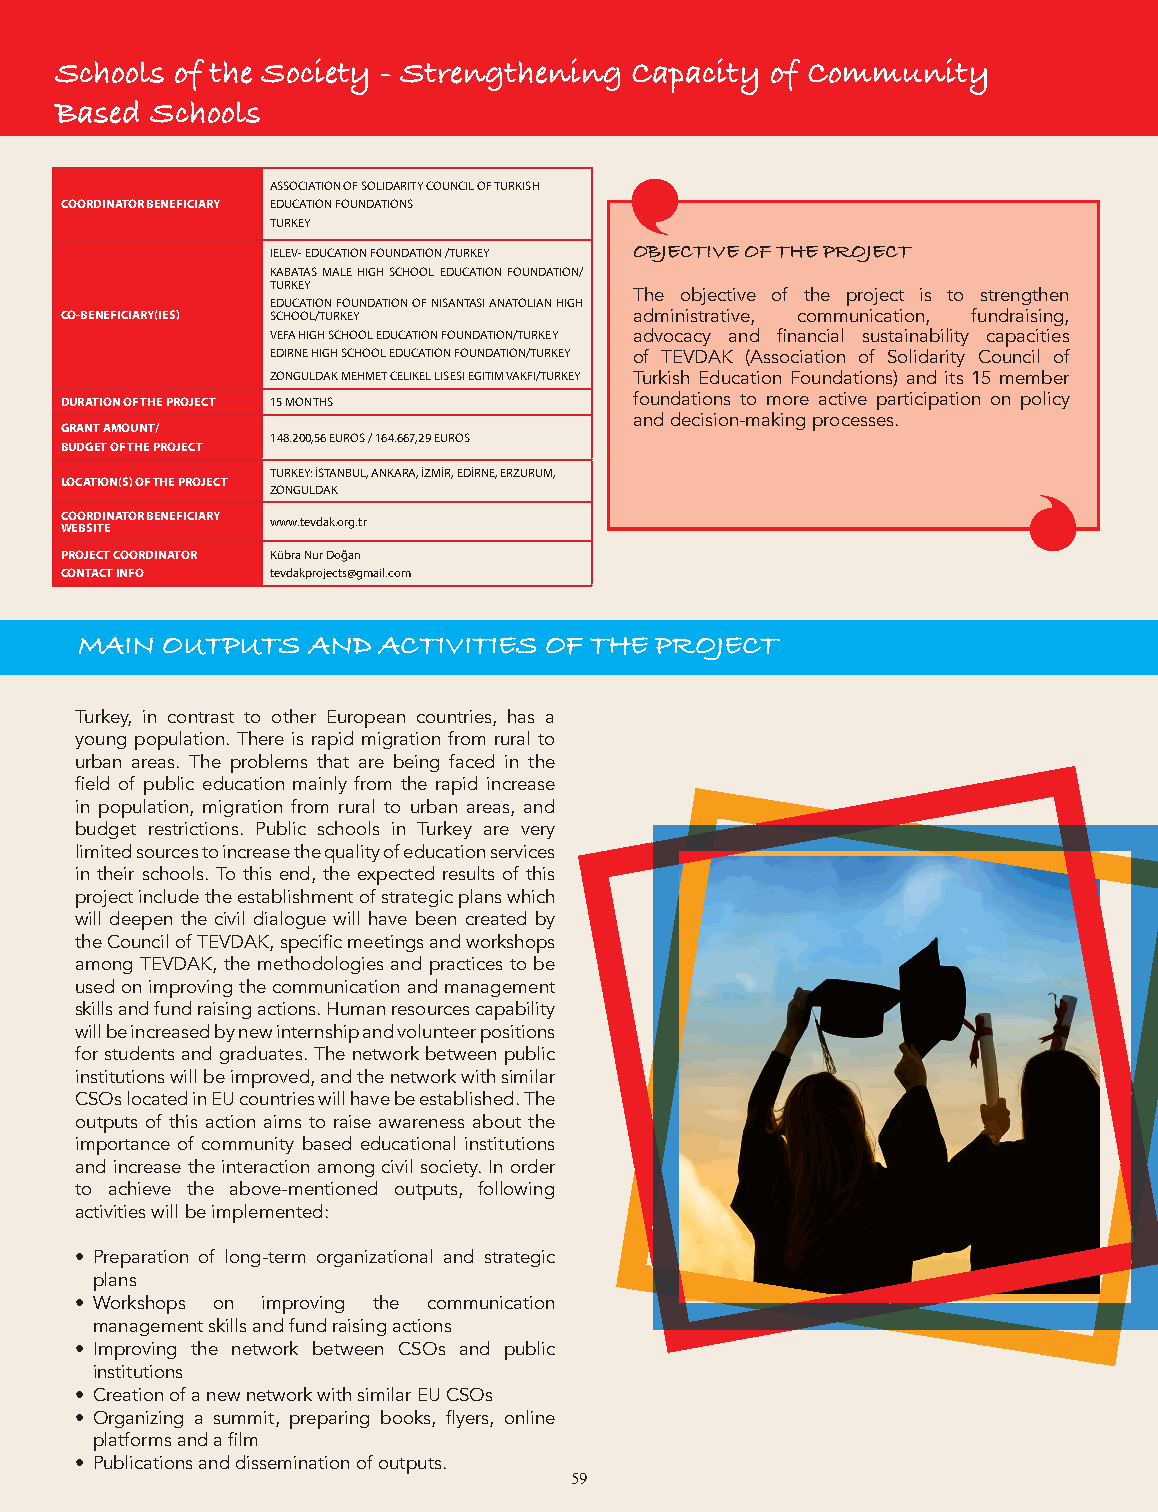
Schools of the Society - Strengthening Capacity of Community
 Roots: Rooting for Democracy in Education Cooperatives
 Based Schools
 ASSOCIATION OF SOLIDARITY COUNCIL OF TURKISH
 COORDINATOR BENEFICIARY EDUCATION FOUNDATIONS
 TURKEY
 IELEV- EDUCATION FOUNDATION /TURKEY OBJECTIVE OF THE PROJECT
 KABATAS MALE HIGH SCHOOL EDUCATION FOUNDATION/
 TURKEY
 The objective of the project is to strengthen
 EDUCATION FOUNDATION OF NISANTASI ANATOLIAN HIGH
 CO-BENEFICIARY(IES) SCHOOL/TURKEY     administrative, communication, fundraising,
 VEFA HIGH SCHOOL EDUCATION FOUNDATION/TURKEY advocacy and financial sustainability capacities
 EDIRNE HIGH SCHOOL EDUCATION FOUNDATION/TURKEY of TEVDAK (Association of Solidarity Council of
 ZONGULDAK MEHMET CELIKEL LISESI EGITIM VAKFI/TURKEY Turkish Education Foundations) and its 15 member
 DURATION OF THE PROJECT 15 MONTHS     foundations to more active participation on policy
 and decision-making processes.
 GRANT AMOUNT/
 148.200,56 EUROS / 164.667,29 EUROS
 BUDGET OF THE PROJECT
 TURKEY: İSTANBUL, ANKARA, İZMİR, EDİRNE, ERZURUM,
 LOCATION(S) OF THE PROJECT
 ZONGULDAK
 C WO EO BR SID TI ENATOR BENEFICIARY www.tevdak.org.tr
 PROJECT COORDINATOR Kübra Nur Doğan
 CONTACT INFO  tevdakprojects@gmail.com
 MAIN OUTPUTS AND ACTIVITIES OF THE PROJECT MAIN OUTPUTS AND ACTIVITIES OF THE PROJECT
 Turkey, in contrast to other European countries, has a
 young population. There is rapid migration from rural to
 urban areas. The problems that are being faced in the
 field of public education mainly from the rapid increase
 in population, migration from rural to urban areas, and
 budget restrictions. Public schools in Turkey are very
 limited sources to increase the quality of education services
 in their schools. To this end, the expected results of this
 project include the establishment of strategic plans which
 will deepen the civil dialogue will have been created by
 the Council of TEVDAK, specific meetings and workshops
 among TEVDAK, the methodologies and practices to be
 used on improving the communication and management
 skills and fund raising actions. Human resources capability
 will be increased by new internship and volunteer positions
 for students and graduates. The network between public
 institutions will be improved, and the network with similar
 CSOs located in EU countries will have be established. The
 outputs of this action aims to raise awareness about the
 importance of community based educational institutions
 and increase the interaction among civil society. In order
 to achieve the above-mentioned outputs, following
 activities will be implemented:
 • Preparation of long-term organizational and strategic
 plans
 • Workshops on improving the communication
 management skills and fund raising actions
 • Improving the network between CSOs and public
 institutions
 • Creation of a new network with similar EU CSOs
 • Organizing a summit, preparing books, flyers, online
 platforms and a film
 • Publications and dissemination of outputs.
 59